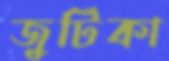
জুটিকা